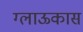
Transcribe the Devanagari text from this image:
ग्लाऊकास